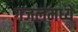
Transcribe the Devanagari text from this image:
गजलमध्ये